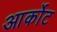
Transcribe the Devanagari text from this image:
आर्कोट